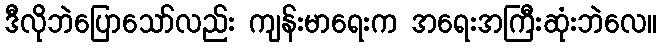
ဒီလိုဘဲပြောသော်လည်း ကျန်းမာရေးက အရေးအကြီးဆုံးဘဲလေ။